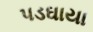
પડઘાયા